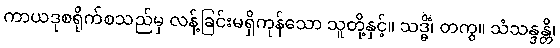
ကာယဒုစရိုက်စသည်မှ လန့်ခြင်းမရှိကုန်သော သူတို့နှင့်။ သဒ္ဓိံ၊ တကွ။ သံသန္ဒန္တိ၊